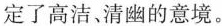
定了高洁，清幽的意境。